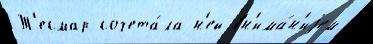
Т'есмар сочета́ла н'ей вн'има́н'иjем